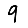
Digit: 9